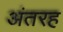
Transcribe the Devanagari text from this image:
अंतरह